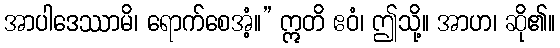
အာပါဒေဿာမိ၊ ရောက်စေအံ့။” ဣတိ ဧဝံ၊ ဤသို့။ အာဟ၊ ဆို၏။